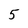
Character: 5